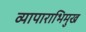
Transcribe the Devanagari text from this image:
व्यापाराभिमुख